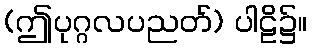
(ဤပုဂ္ဂလပညတ်) ပါဠိ၌။